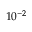
1 0 ^ { - 2 }